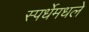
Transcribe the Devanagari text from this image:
स्पर्धेमधले